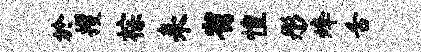
於攫棕耒省惶彤烽舌